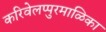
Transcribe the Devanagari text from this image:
करिवेलप्पुरमाळिका